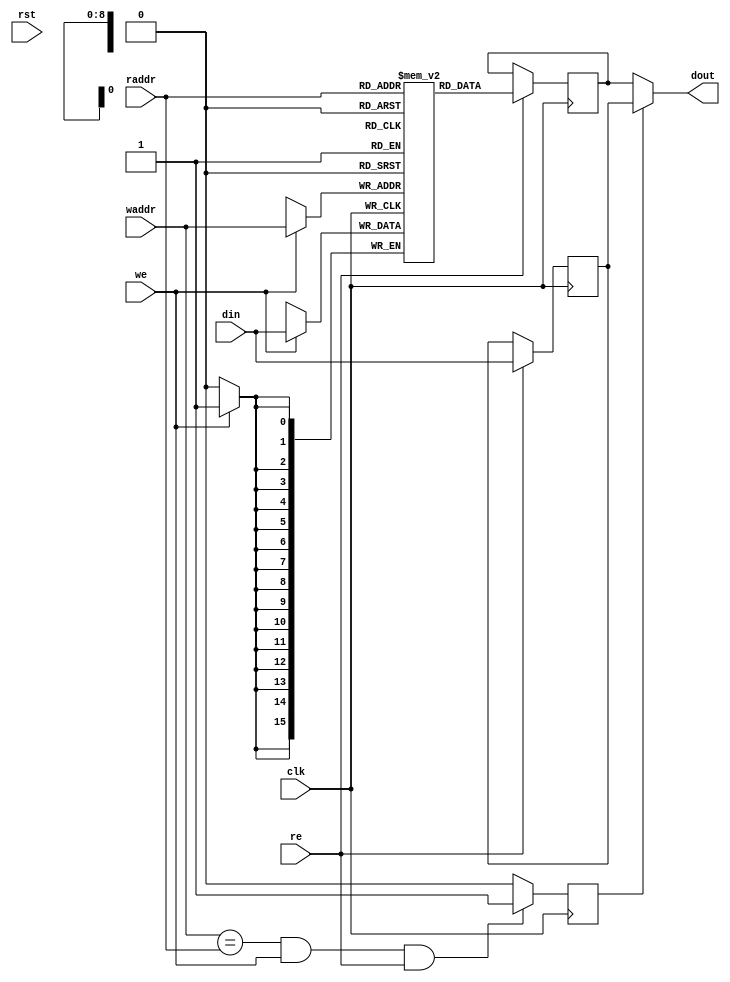
/**@file
 * Double port Sync RAM
 */

/*
 * OpenProcessor-X architecture (OpenPX)
 *
 * Copyleft (C) 2016, the 1st Middle School in Yongsheng,Lijiang,China
 * This file is part of OpenPX (Open Processor-X architecture)
 * project. It is a free item; you can redistribute it and/or modify it
 * under the terms of the GNU General Public License (GPL), in version 2
 * as it comes in the "COPYING" file of the OpenPX distribution. OpenPX
 * is distributed in the hope that it will be useful,
 * but WITHOUT ANY WARRANTY of any kind.
 */

module dpram_sclk
#(
    parameter ADDR_WIDTH = 9,
    parameter DATA_WIDTH = 16,
    parameter CLEAR_ON_INIT = 1,
    parameter ENABLE_BYPASS = 1,
    parameter STATE_KEEP = 1'b1
)
(
    clk,
    rst,
    raddr,
    re,
    waddr,
    we,
    din,
    dout
);

/*
 Ports
 */
input                           clk;
input                           rst;
input [ADDR_WIDTH-1:0]          raddr;
input                           re;
input [ADDR_WIDTH-1:0]          waddr;
input                           we;
input [DATA_WIDTH-1:0]          din;
output [DATA_WIDTH-1:0]         dout;
    
/*
 Internals
 */
reg [DATA_WIDTH-1:0]            mem[(1<<ADDR_WIDTH)-1:0];
reg [DATA_WIDTH-1:0]            rdata=0;
reg                             re_r=0;

reg [ADDR_WIDTH-1:0]            raddr_reg=0;
reg [ADDR_WIDTH-1:0]            waddr_reg=0;
reg [DATA_WIDTH-1:0]            din_reg=0;

wire [DATA_WIDTH-1:0]           dout_w;

wire [DATA_WIDTH-1:0]           data_watch;
    /*
     reset in verification
     */
generate
  if(CLEAR_ON_INIT) begin :clear_on_init
    integer               idx;
    initial
    for(idx=0; idx < (1<<ADDR_WIDTH); idx=idx+1)
        mem[idx] = {DATA_WIDTH{1'b0}};
  end
endgenerate

    /*
     bypass control
     */
generate
  if (ENABLE_BYPASS) begin : bypass_gen
    reg [DATA_WIDTH-1:0]  din_r;
    reg                   bypass;

    assign dout_w = bypass ? din_r : rdata;

    always @(posedge clk)
        if (re)
            din_r <= din;

    always @(posedge clk)
        if (waddr == raddr && we && re)
            bypass <= 1;
        else
            bypass <= 0;
  end else begin
    assign dout_w = rdata;
  end
endgenerate

integer idx;

/*
 Reset logic
 */
always @(posedge clk)
    if (rst) begin
        re_r <= 1'b0;
    end else
        re_r <= re;

assign dout = (re_r | STATE_KEEP) ? dout_w : {DATA_WIDTH{1'b0}};
assign data_watch = mem[9'h001] ;
/*
 R/W logic
 */
always @(posedge clk) begin
    if (we)
        mem[waddr] <= din;
    if (re)
        rdata <= mem[raddr];
end
always @(posedge clk) begin
    waddr_reg <= waddr;
    raddr_reg <= raddr;
    din_reg <= din;
end

endmodule